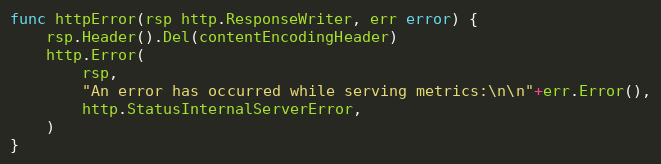
Language: Go
func httpError(rsp http.ResponseWriter, err error) {
	rsp.Header().Del(contentEncodingHeader)
	http.Error(
		rsp,
		"An error has occurred while serving metrics:\n\n"+err.Error(),
		http.StatusInternalServerError,
	)
}